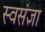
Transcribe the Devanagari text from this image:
स्वसंज्ञा